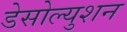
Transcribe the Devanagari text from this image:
डेसोल्युशन